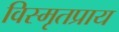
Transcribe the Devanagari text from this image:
विस्मृतप्राय